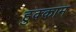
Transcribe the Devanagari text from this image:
हुक्काम